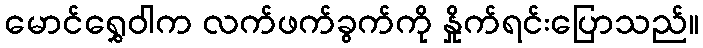
မောင်ရွှေဝါက လက်ဖက်ခွက်ကို နှိုက်ရင်းပြောသည်။